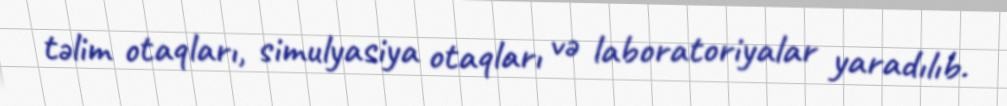
təlim otaqları, simulyasiya otaqları və laboratoriyalar yaradılıb.